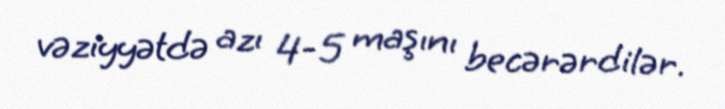
vəziyyətdə azı 4-5 maşını becərərdilər.